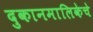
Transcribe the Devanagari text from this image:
दुकानमालिकेचे